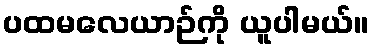
ပထမလေယာဉ်ကို ယူပါမယ်။